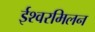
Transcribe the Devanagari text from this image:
ईश्वरमिलन